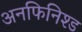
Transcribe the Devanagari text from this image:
अनफिनिश्ड